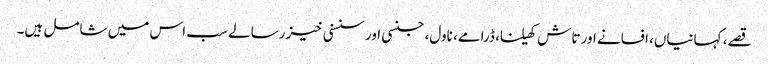
قصے، کہانیاں، افسانے اور تاش کھیلنا، ڈرامے، ناول، جنسی اور سنسنی خیز رسالے سب اس میں شامل ہیں۔